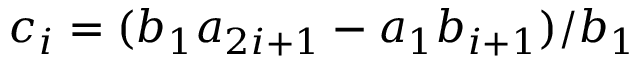
c _ { i } = ( b _ { 1 } a _ { 2 i + 1 } - a _ { 1 } b _ { i + 1 } ) / b _ { 1 }